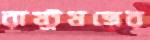
রাষ্ট্রযন্ত্রের